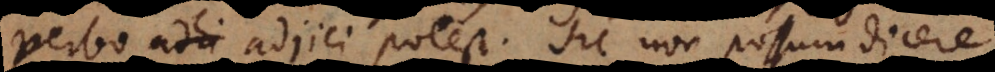
verbo adjici potest. Sic non possum dicere